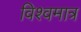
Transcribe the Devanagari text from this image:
विश्वमात्र